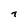
Character: T